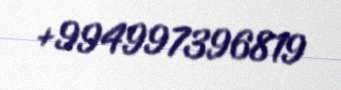
+994997396819